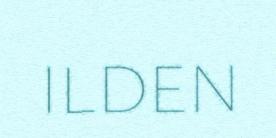
ILDEN